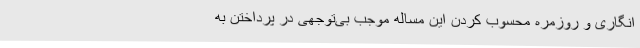
انگاری و روزمره محسوب کردن این مساله موجب بی‌توجهی در پرداختن به